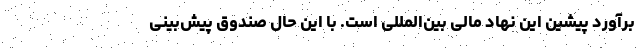
برآورد پیشین این نهاد مالی بین‌المللی است. با این حال صندوق پیش‌بینی